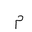
Letter: _mim